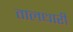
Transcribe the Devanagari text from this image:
तालधारी